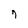
Character: 7